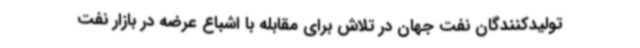
تولیدکنندگان نفت جهان در تلاش برای مقابله با اشباع عرضه در بازار نفت